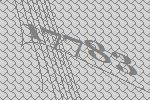
17783